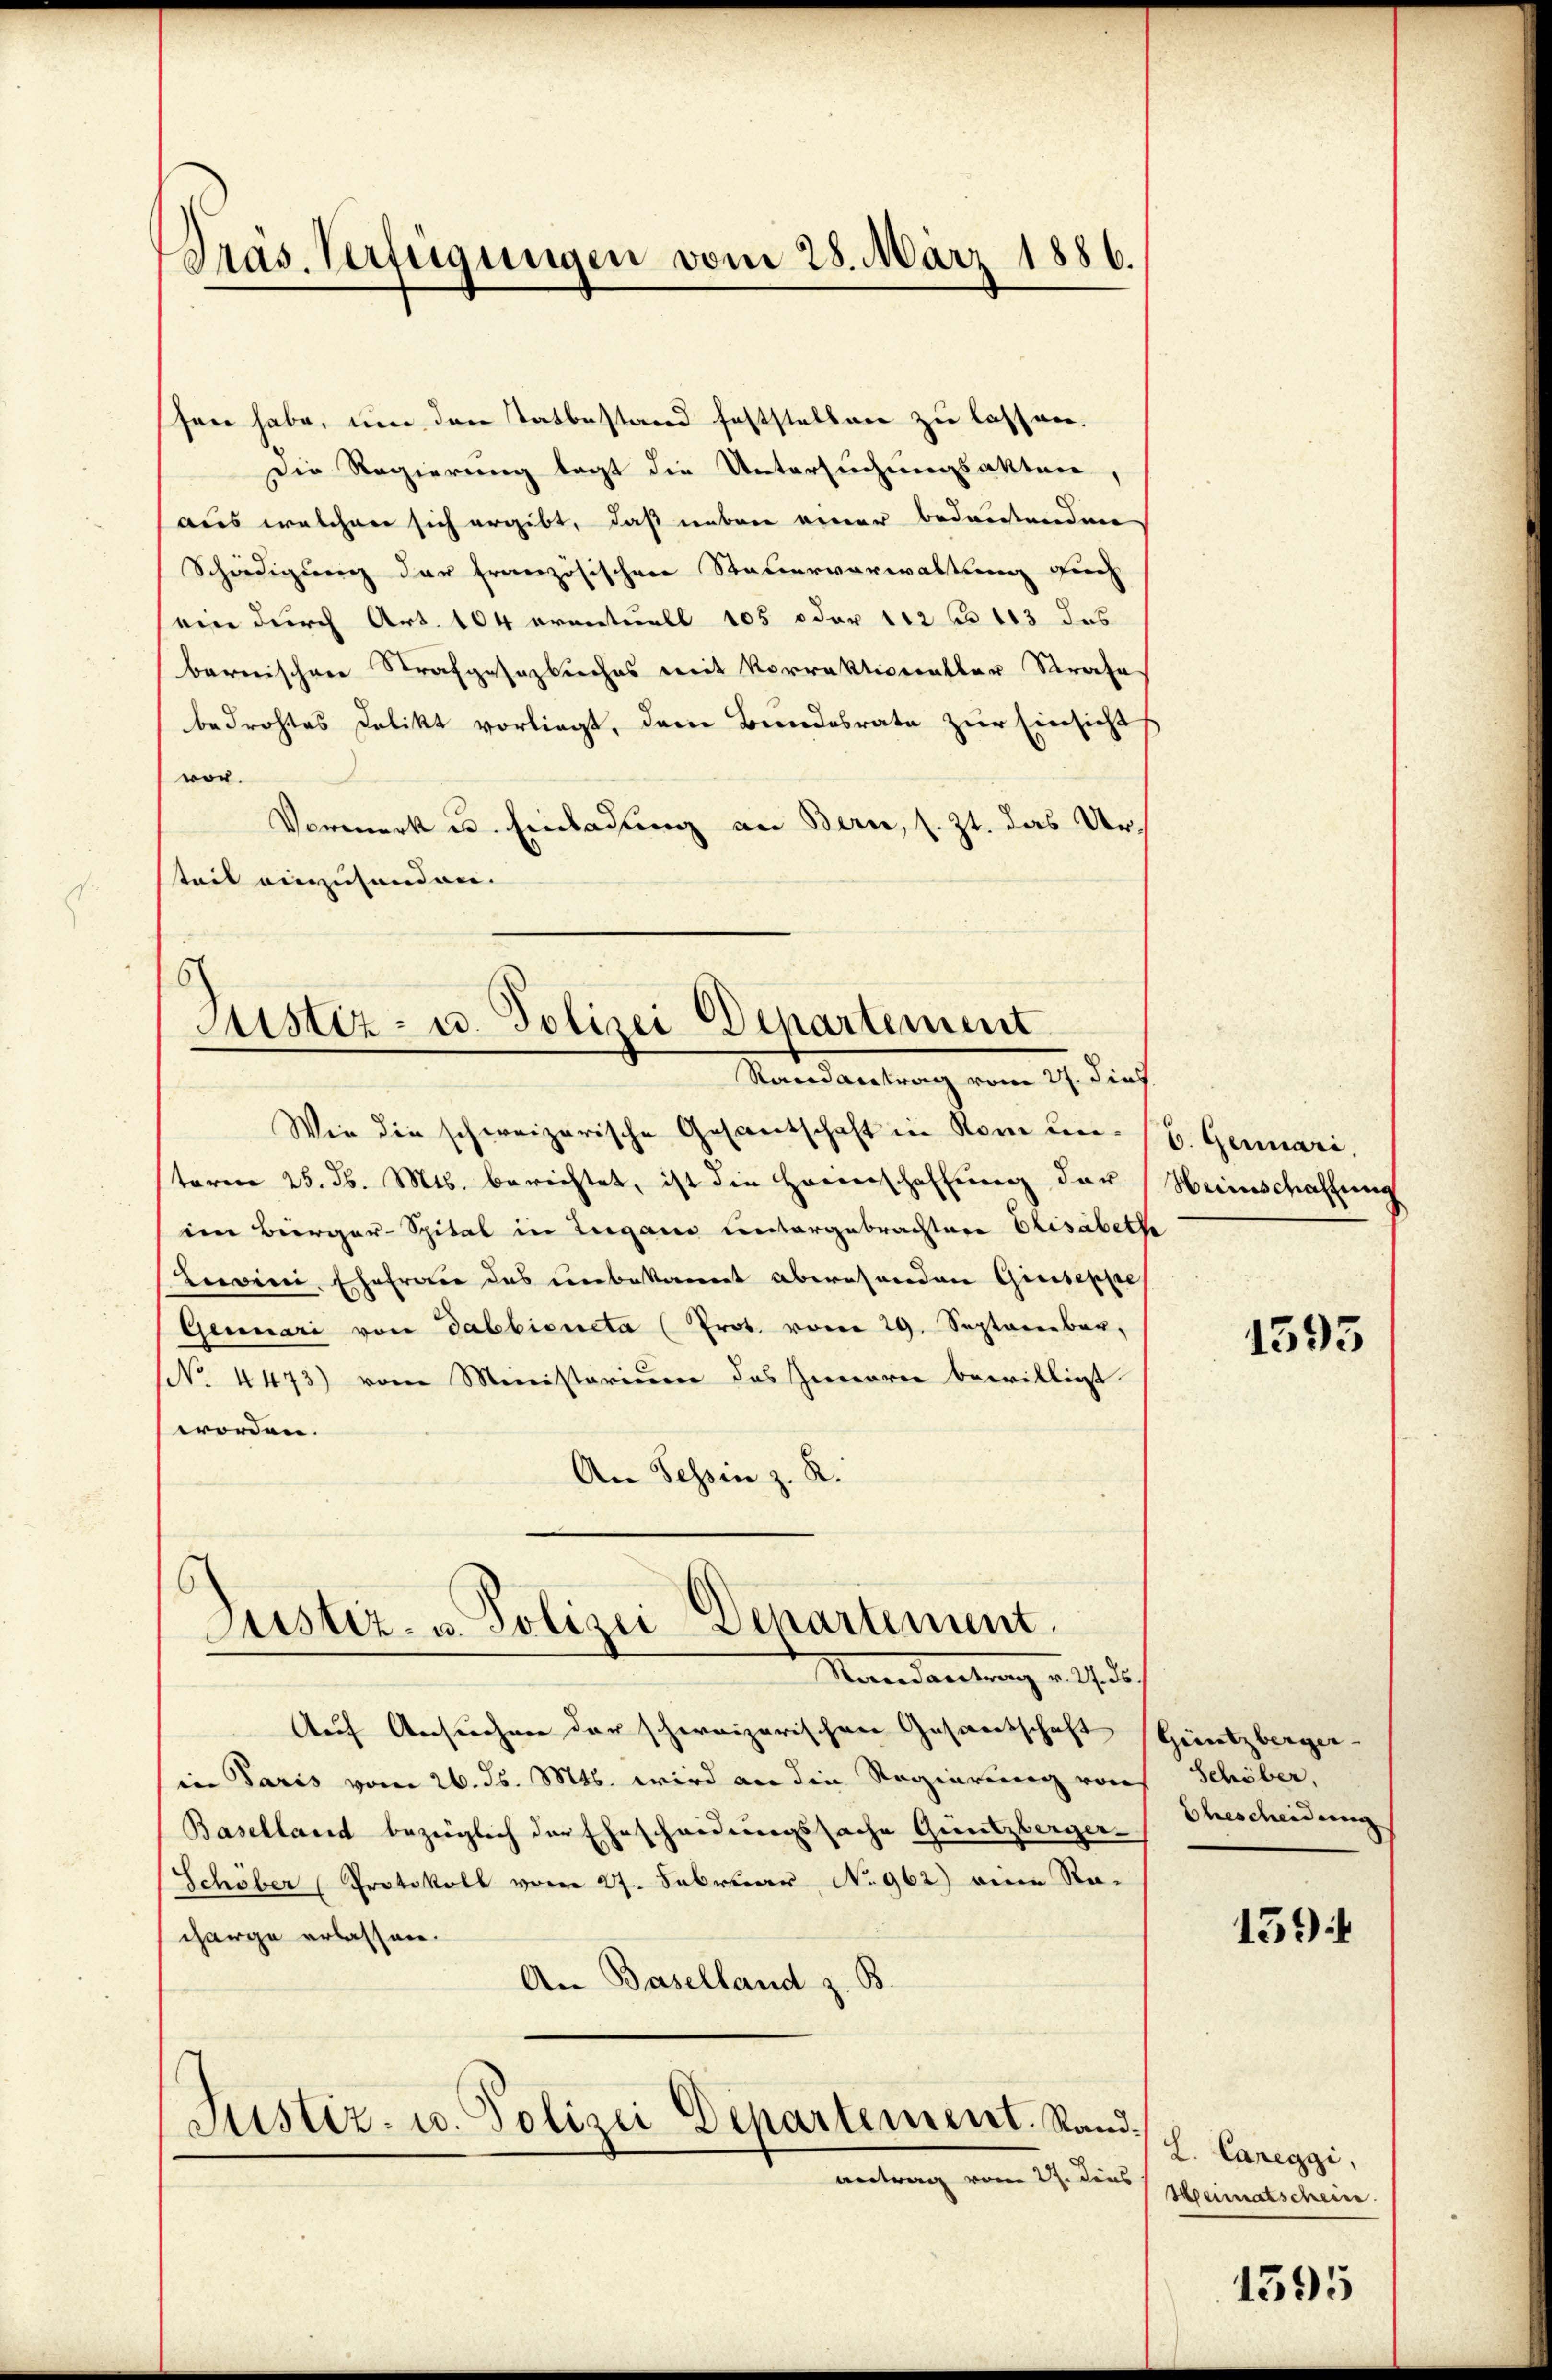
Pras Verfügungen vom 28. März 1886.

ssen habe, um den Tatbestand feststellen zu lassen.
Die Regierung lagt die Untersuchungsakten,
aus welchen sich ergibt, daß nebene neuer bedeutenden
Schädigung der französischen Steuerverwaltung auch
sein durch Art. 104 ornetuell 105 oder 112 f. 113 das
bernischen Strafgesetzbuches mit Vorrektionentbar Strafe
bedrohtes Delikt vorliegt, dem Bundesrate zur Einsicht
vor.
Vormerk u. Einladung an Bern, s. Zt. das Ursteil einzuhanden.
6

Justiz- u. Polizei Departement
Mandantung vom 17. dies

Justiz- u. Polizei-Departement.
Mandantrag auf de

Wie die schweizerische Gesantschaft in Rom un- (H. Germari.
term 25. d. Mts. berichtet, ist die Herrschaffung der Heimschaffung
im Bürger-Spital in Lugano untergebrachtere Elisabethe
Levini, Ehefrau das unbekannt abwesenden Giuseppes
Genuari von dabbicucta (Prot. vom 29. September,
NNo. 4473) vom Ministerium des Zierren bewilligt
worden.
An Tessin z. R.

Auf Ansuchen der schweizerischen Gesandschaft Güntzberger-
in Paris vom 26. ds. Mts. wird an die Regierung von
Baselland bezüglich der Ehescheidungssache Güntzberger
Schöber (Protokoll vom 27. Februar No. 962) eine Re-
charge erlassen.
An Baselland z. B.
Justiz- u. Polizei Departement. Stand.
antrag vom 27. Dies

1593

Schöber,
Ehescheidung

159

2. Careggi,
Heimatscheine

1595